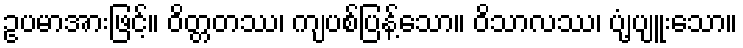
ဥပမာအားဖြင့်။ ဝိတ္တတဿ၊ ကျပစ်ပြန့်သော။ ဝိသာလဿ၊ ပျံ့ပျူးသော။